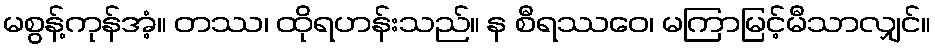
မစွန့်ကုန်အံ့။ တဿ၊ ထိုရဟန်းသည်။ န စီရဿဝေ၊ မကြာမြင့်မီသာလျှင်။